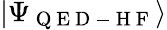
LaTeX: |\Psi_{\mathrm{~Q~E~D~-~H~F~}}\rangle